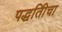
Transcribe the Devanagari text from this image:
पद्धतिीचा